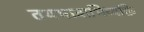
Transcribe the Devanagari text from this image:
तथभावाभिव्यक्ति